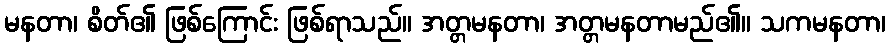
မနတာ၊ စိတ်၏ ဖြစ်ကြောင်း ဖြစ်ရာသည်။ အတ္တမနတာ၊ အတ္တမနတာမည်၏။ သကမနတာ၊